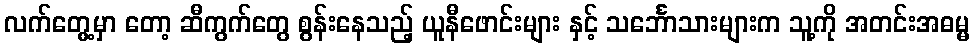
လက်တွေ့မှာ တော့ ဆီကွက်တွေ စွန်းနေသည့် ယူနီဖောင်းများ နှင့် သင်္ဘောသားများက သူ့ကို အတင်းအဓမ္မ